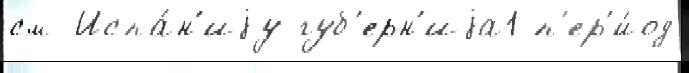
см Испа́н'иjу губ'ерн'иjа1 п'ер'и́од